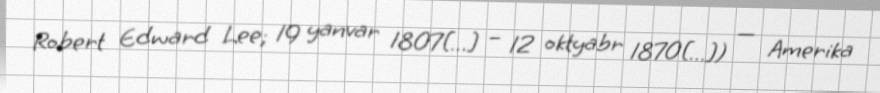
Robert Edward Lee; 19 yanvar 1807[…] – 12 oktyabr 1870[…]) — Amerika